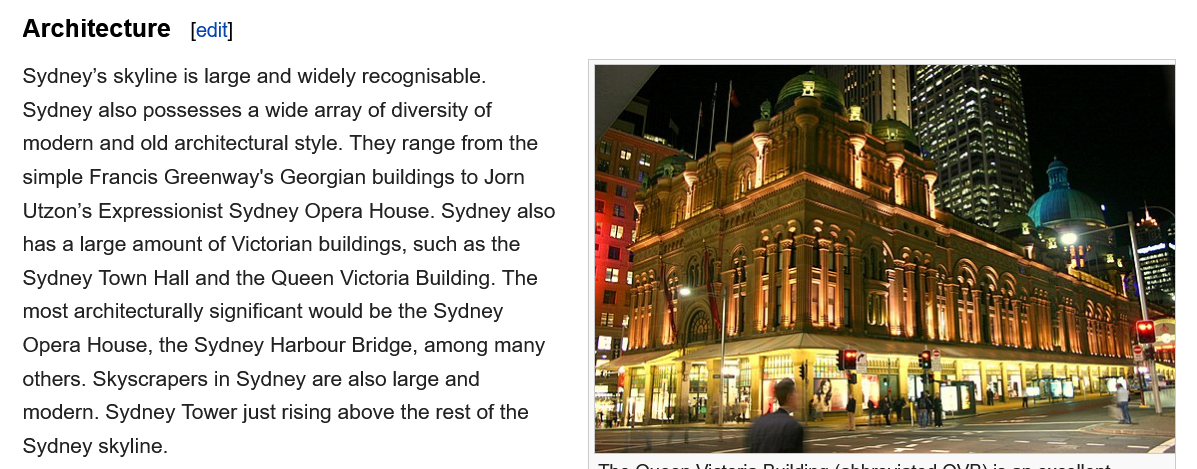
Architecture
   Sydney's skyline is large and widely recognisable.
   Sydney also possesses a wide array of diversity of
   modern and old architectural style. They range from the
   simple Francis Greenway's Georgian buildings to Jorn
   Utzon’s Expressionist Sydney Opera House. Sydney also
   has a large amount of Victorian buildings, such as the
   Sydney Town Hall and the Queen Victoria Building. The
   most architecturally significant would be the Sydney
   Opera House, the Sydney Harbour Bridge, among many
   others. Skyscrapers in Sydney are also large and
   modern. Sydney Tower just rising above the rest of the
   Sydney skyline.
     sais
     ais   a    w
     [edit]